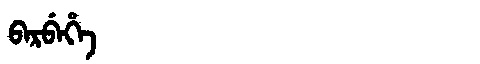
Manchu: ᠪᠠᡵᠪᡝᡥᡝ
Romanization: BARBEHE